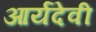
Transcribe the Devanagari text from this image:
आर्यदेवी